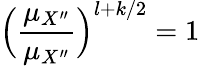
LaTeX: \Big(\frac{\mu_{X^{\prime\prime}}}{\mu_{X^{\prime\prime}}}\Big)^{l+k/2}=1